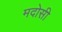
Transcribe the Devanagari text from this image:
मदोसी